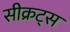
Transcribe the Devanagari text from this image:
सीक्रट्स